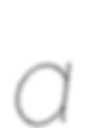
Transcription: a